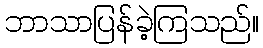
ဘာသာပြန်ခဲ့ကြသည်။